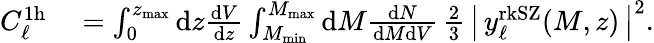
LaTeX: \begin{array}{rl}{C_{\ell}^{\mathrm{1h}}}&{{}=\int_{0}^{z_{\mathrm{max}}}\mathrm{d}z\frac{\mathrm{d}V}{\mathrm{d}z}\int_{M_{\mathrm{min}}}^{M_{\mathrm{max}}}\mathrm{d}M\frac{\mathrm{d}N}{\mathrm{d}M\mathrm{d}V}\, \frac{2}{3}\, \left|\, y_{\ell}^{\mathrm{rkSZ}}(M,z)\, \right|^{2}.}\end{array}